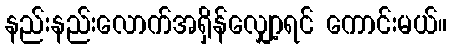
နည်းနည်းလောက်အရှိန်လျှော့ရင် ကောင်းမယ်။